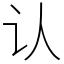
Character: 认